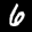
Label: 6